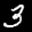
Label: 3